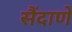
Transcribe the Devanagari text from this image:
सैंदाणे